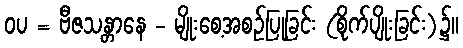
ဝပ = ဗီဇသန္တာနေ - မျိုးစေ့အစဉ်ပြုခြင်း (စိုက်ပျိုးခြင်း)၌။